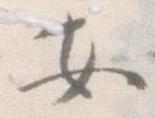
安